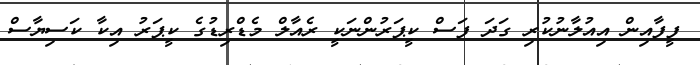
ފީފާއިން އިއުލާނުކުރި ގަދަ ފަސް ކީޕަރުންނަކީ ރެއާލް މެޑްރިޑުގެ ކީޕަރު އިކާ ކަސިޔާސް